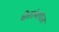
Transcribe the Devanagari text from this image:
चेतांमार्फत